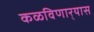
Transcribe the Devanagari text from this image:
कळविणार्‍यास